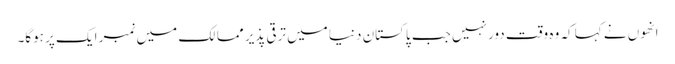
انھوں نے کہا کہ وہ وقت دور نہیں جب پاکستان دنیا میں ترقی پذیر ممالک میں نمبر ایک پر ہوگا۔